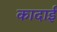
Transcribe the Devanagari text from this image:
कादाई